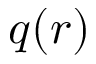
q ( r )